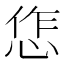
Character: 㤰